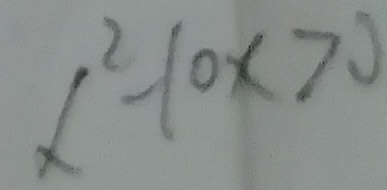
x ^ { 2 } - 1 0 x > 0